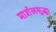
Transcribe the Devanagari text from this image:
मार्शलसुद्धा